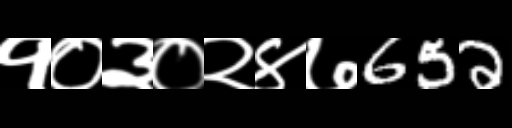
Text: १०३०२४७652